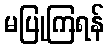
မပြုကြရန်